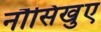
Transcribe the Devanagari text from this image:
नौसिखुए